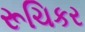
રૂચિકર